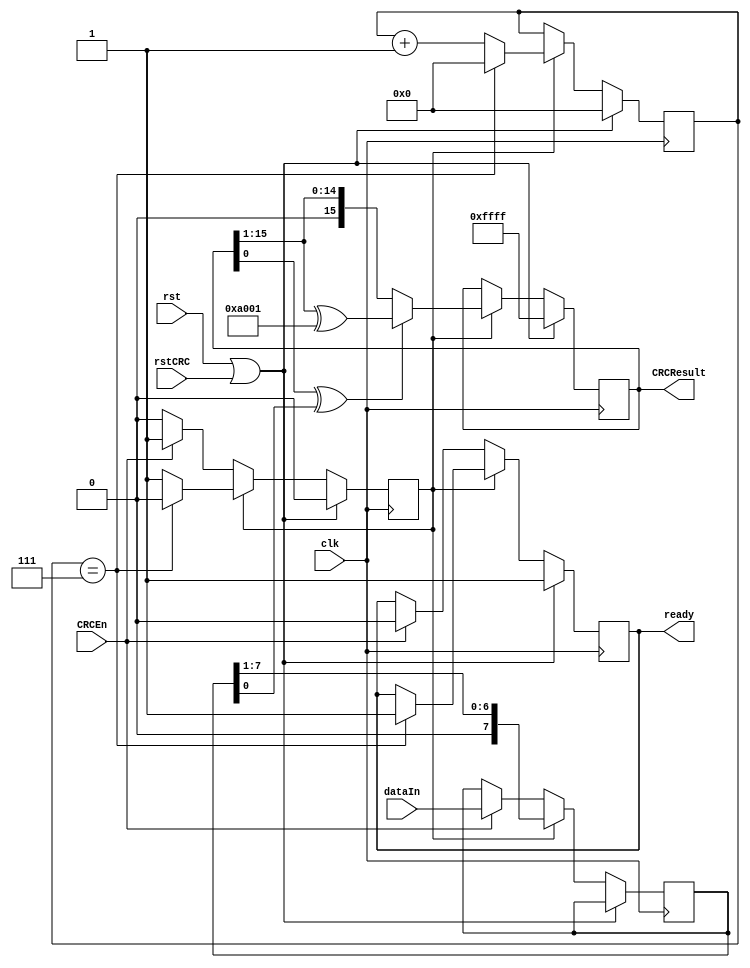
module updateCRC16 (rstCRC, CRCResult, CRCEn, dataIn, ready, clk, rst);
input   rstCRC;
input   CRCEn;
input   [7:0] dataIn;
input   clk;
input   rst;
output  [15:0] CRCResult;
output ready;

wire   rstCRC;
wire   CRCEn;
wire   [7:0] dataIn;
wire   clk;
wire   rst;
reg    [15:0] CRCResult;
reg    ready;

reg doUpdateCRC;
reg [7:0] data;
reg [3:0] i;

always @(posedge clk)
begin
  if (rst == 1'b1 || rstCRC == 1'b1) begin
    doUpdateCRC <= 1'b0;
    i <= 4'h0;
    CRCResult <= 16'hffff;
    ready <= 1'b1;
  end
  else
  begin
    if (doUpdateCRC == 1'b0)
    begin
      if (CRCEn == 1'b1) begin
        doUpdateCRC <= 1'b1;
        data <= dataIn;
        ready <= 1'b0;
    end
    end
    else begin
      i <= i + 1'b1;
      if ( (CRCResult[0] ^ data[0]) == 1'b1) begin
        CRCResult <= {1'b0, CRCResult[15:1]} ^ 16'ha001;
      end
      else begin
        CRCResult <= {1'b0, CRCResult[15:1]};
      end
      data <= {1'b0, data[7:1]};
      if (i == 4'h7)
      begin
        doUpdateCRC <= 1'b0; 
        i <= 4'h0;
        ready <= 1'b1;
      end
    end
  end
end
    

endmodule